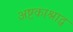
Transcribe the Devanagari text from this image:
अष्टकाश्राद्ध